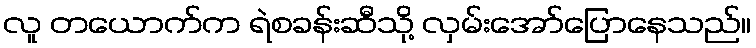
လူ တယောက်က ရဲစခန်းဆီသို့ လှမ်းအော်ပြောနေသည်။